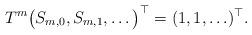
LaTeX: \begin{align*}T^m \big(S_{m,0},S_{m,1},\ldots\big)^\top = (1,1,\ldots)^\top.\end{align*}